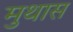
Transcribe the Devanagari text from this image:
मुथास